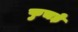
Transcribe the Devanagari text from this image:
फुचड़े